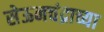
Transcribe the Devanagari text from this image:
सेऊनचंद्राच्या